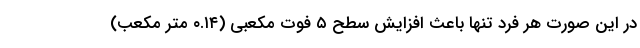
در این صورت هر فرد تنها باعث افزایش سطح ۵ فوت مکعبی (۰.۱۴ متر مکعب)